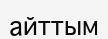
айттым